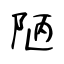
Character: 陋